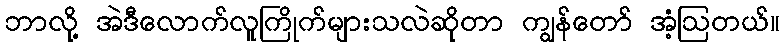
ဘာလို့ အဲဒီလောက်လူကြိုက်များသလဲဆိုတာ ကျွန်တော် အံ့ဩတယ်။